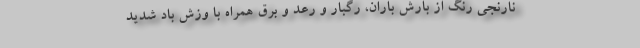
نارنجی رنگ از بارش باران، رگبار و رعد و برق همراه با وزش باد شدید